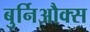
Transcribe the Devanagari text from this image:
बुर्निऔक्स